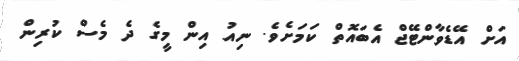
އަށް އޭޑެވާންޓޭޖް އެބައޮތް ކަމަށެވެ. ނިއު އިން މީގެ ދެ މެސް ކުރިން